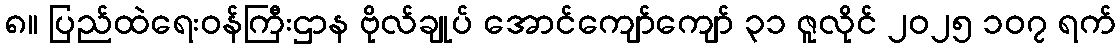
၈။ ပြည်ထဲရေးဝန်ကြီးဌာန ဗိုလ်ချုပ် အောင်ကျော်ကျော် ၃၁ ဇူလိုင် ၂၀၂၅ ၁၀၇ ရက်